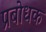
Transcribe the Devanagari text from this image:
प्रबोधक